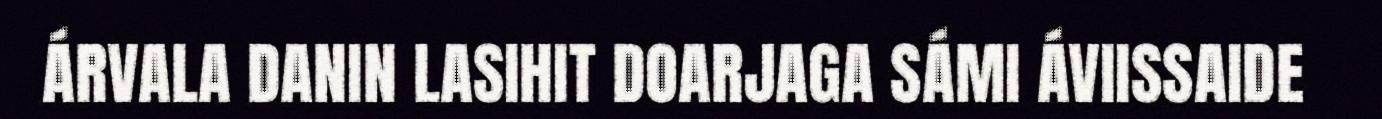
ÁRVALA DANIN LASIHIT DOARJAGA SÁMI ÁVIISSAIDE